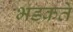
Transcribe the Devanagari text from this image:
भडकते